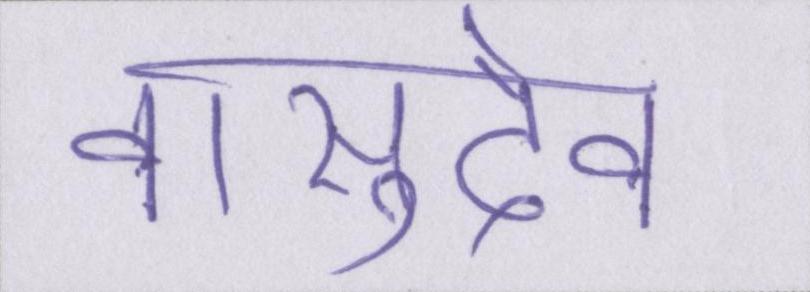
वासुदेव